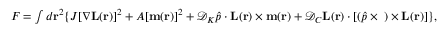
\begin{array} { r } { F = \int { d { \bf { r } } ^ { 2 } } \{ J [ \nabla { \bf { L } } ( { \bf { r } } ) ] ^ { 2 } + A [ { \bf { m } } ( { \bf { r } } ) ] ^ { 2 } + \mathcal { D } _ { K } \hat { p } \cdot { \bf { L } } ( { \bf { r } } ) \times { \bf { m } } ( { \bf { r } } ) + \mathcal { D } _ { C } { \bf { L } } ( { \bf { r } } ) \cdot [ ( \hat { p } \times { \bf { \nabla } } ) \times { \bf { L } } ( \bf { r } ) ] \} , } \end{array}